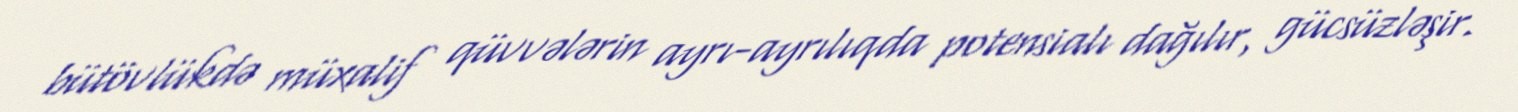
bütövlükdə müxalif qüvvələrin ayrı-ayrılıqda potensialı dağılır, gücsüzləşir.